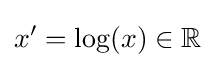
x'=\log(x)\in \mathbb {R}